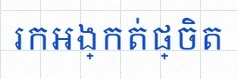
រកអង្កត់ផ្ចិត